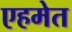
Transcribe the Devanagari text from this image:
एहमेत